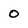
Character: 0